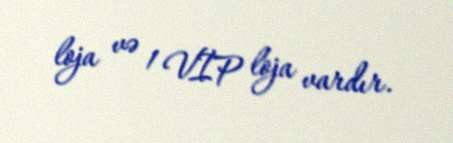
loja və 1 VİP loja vardır.